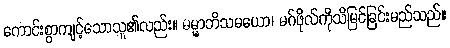
ကောင်းစွာကျင့်သောသူ၏လည်း။ ဓမ္မာဘိသမယော၊ မဂ်ဖိုလ်ကိုသိမြင်ခြင်းမည်သည်။